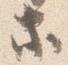
等